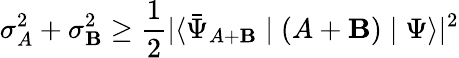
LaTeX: \sigma_{A}^{2}+\sigma_{\mathbf{B}}^{2}\geq{\frac{{1}}{{2}}}|\langle{\bar{{\Psi}}}_{A+\mathbf{B}}\mid(A+\mathbf{B})\mid\Psi\rangle|^{2}